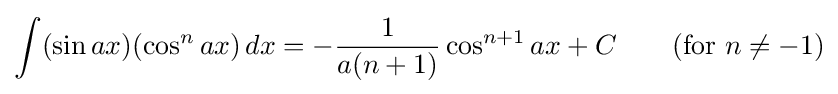
\int (\sin ax)(\cos ^{n}ax)\,dx=-{\frac {1}{a(n+1)}}\cos ^{n+1}ax+C\qquad {\mbox{(for }}n\neq -1{\mbox{)}}